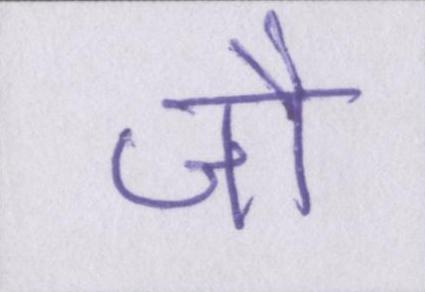
जौ